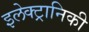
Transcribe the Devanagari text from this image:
इलेक्‍ट्रानिकी